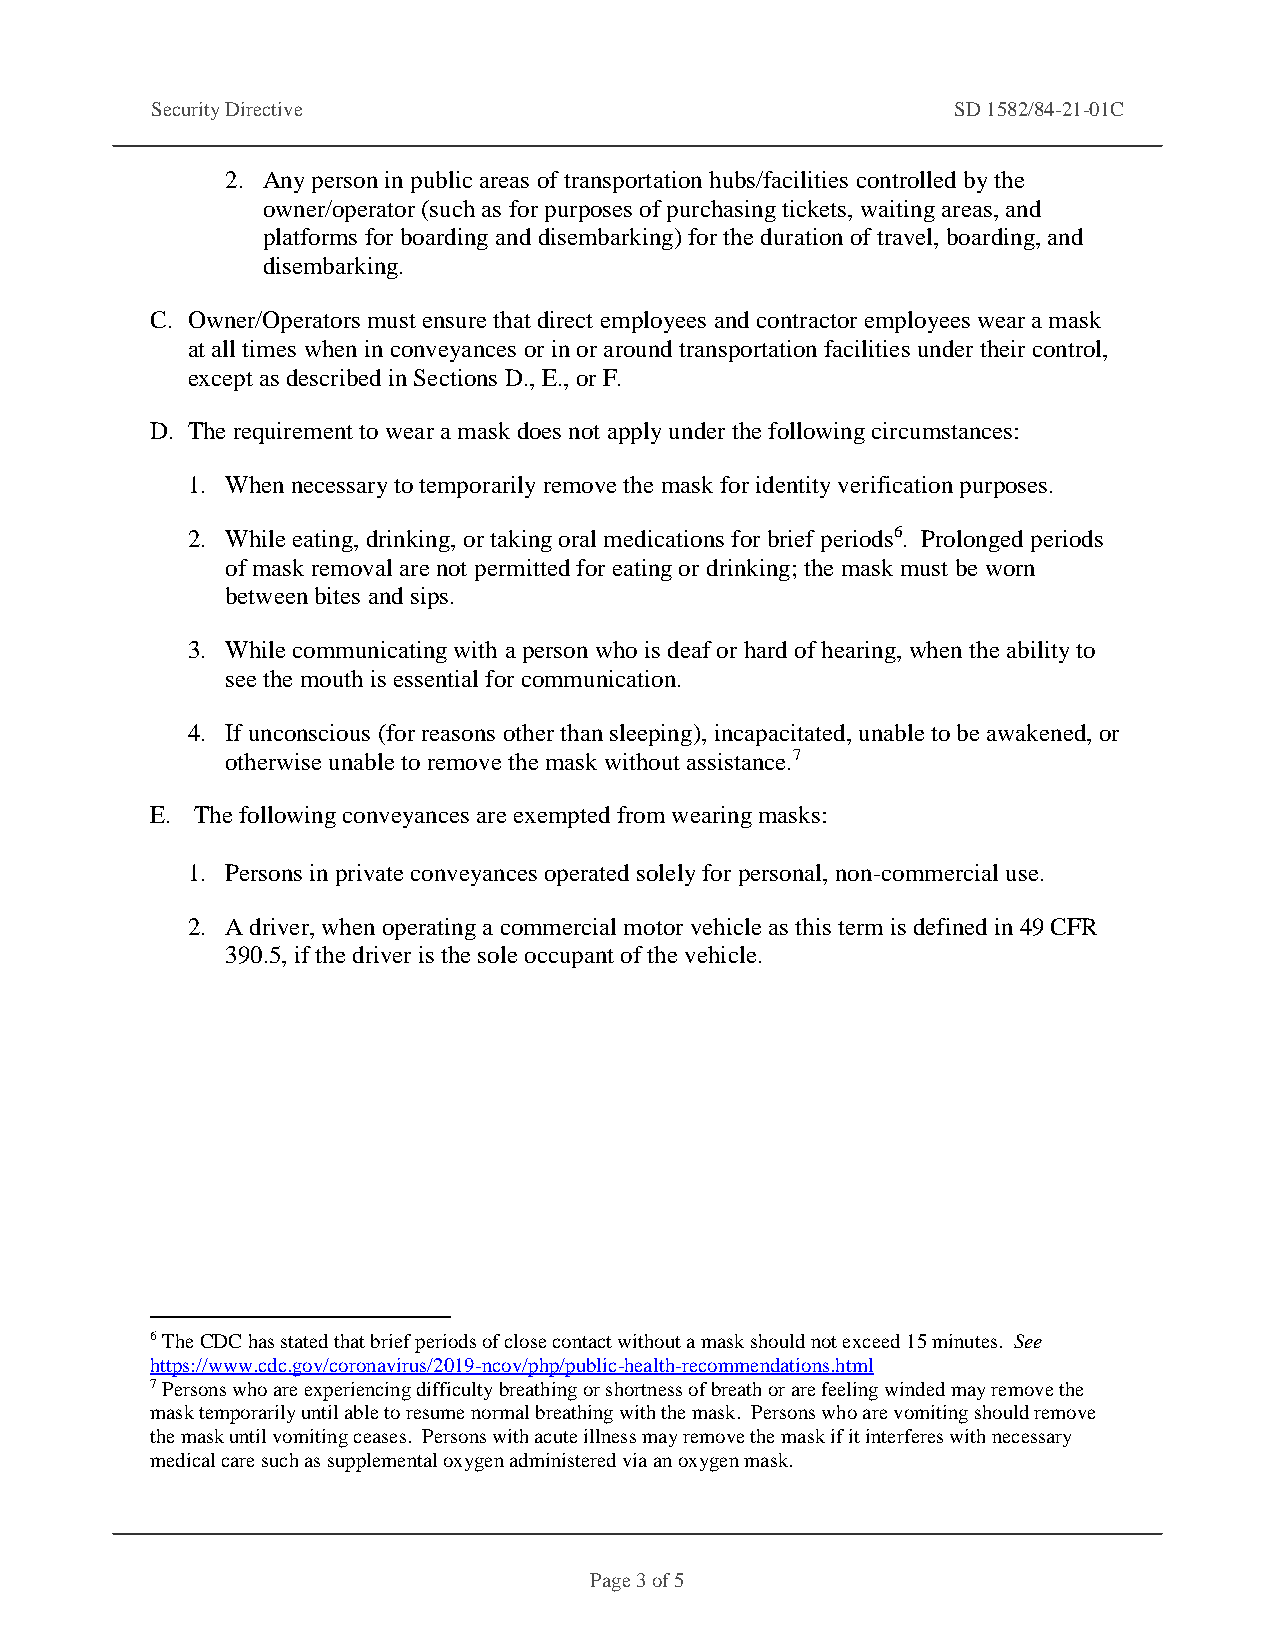
Security Directive                                   SD 1582/84-21-01C
 2. Any person in public areas of transportation hubs/facilities controlled by the
 owner/operator (such as for purposes of purchasing tickets, waiting areas, and
 platforms for boarding and disembarking) for the duration of travel, boarding, and
 disembarking.
 C. Owner/Operators must ensure that direct employees and contractor employees wear a mask
 at all times when in conveyances or in or around transportation facilities under their control,
 except as described in Sections D., E., or F.
 D. The requirement to wear a mask does not apply under the following circumstances:
 1. When necessary to temporarily remove the mask for identity verification purposes.
 2. While eating, drinking, or taking oral medications for brief periods6. Prolonged periods
 of mask removal are not permitted for eating or drinking; the mask must be worn
 between bites and sips.
 3. While communicating with a person who is deaf or hard of hearing, when the ability to
 see the mouth is essential for communication.
 4. If unconscious (for reasons other than sleeping), incapacitated, unable to be awakened, or
 otherwise unable to remove the mask without assistance.7
 E. The following conveyances are exempted from wearing masks:
 1. Persons in private conveyances operated solely for personal, non-commercial use.
 2. A driver, when operating a commercial motor vehicle as this term is defined in 49 CFR
 390.5, if the driver is the sole occupant of the vehicle.
 6 The CDC has stated that brief periods of close contact without a mask should not exceed 15 minutes. See
 https://www.cdc.gov/coronavirus/2019-ncov/php/public-health-recommendations.html
 7 Persons who are experiencing difficulty breathing or shortness of breath or are feeling winded may remove the
 mask temporarily until able to resume normal breathing with the mask. Persons who are vomiting should remove
 the mask until vomiting ceases. Persons with acute illness may remove the mask if it interferes with necessary
 medical care such as supplemental oxygen administered via an oxygen mask.
 Page 3 of 5